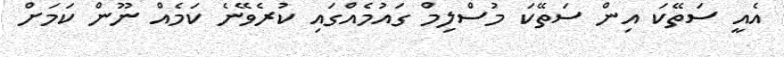
އެއީ ސަތޭކަ އިން ސަތޭކަ މުސްލިމް ގައުމެއްގައި ކުރެވޭނެ ކަމެއް ނޫން ކަމަށް